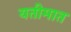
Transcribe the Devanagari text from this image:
यतीमात